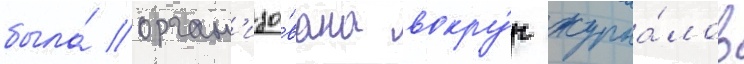
была́ орган'изо́вана вокру́г журна́лов